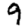
Digit: 9